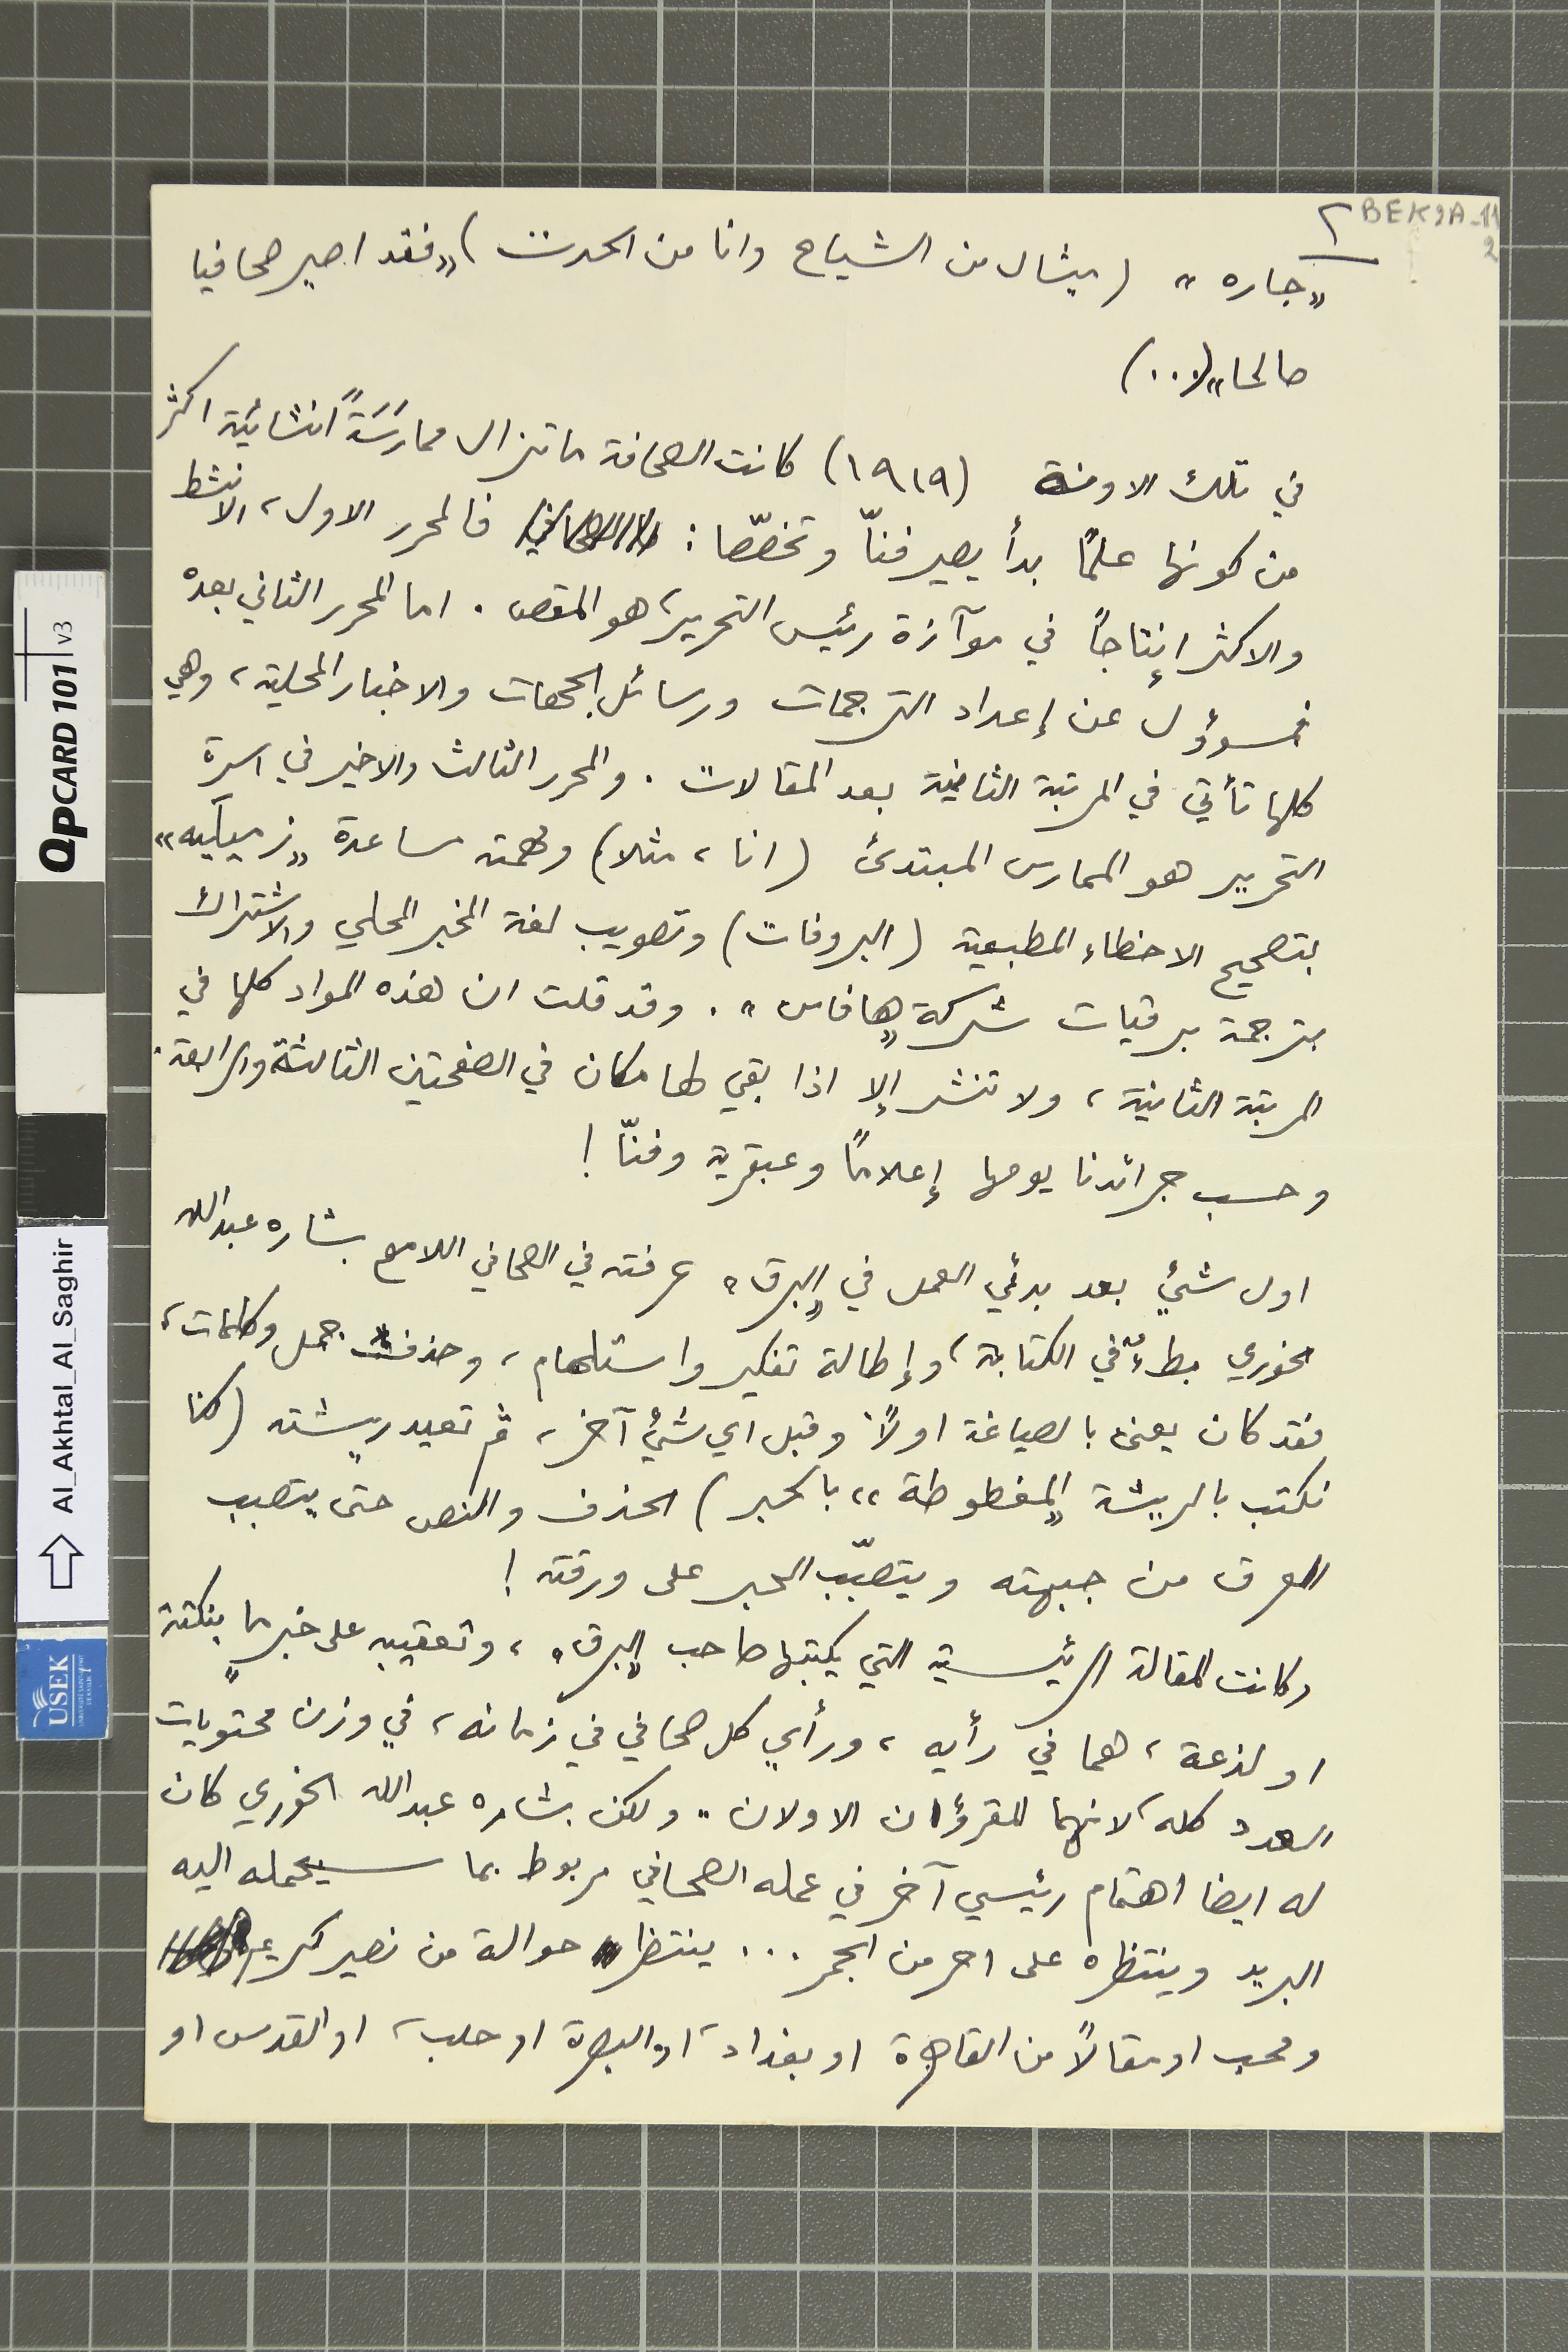
" جاره " (ميشال من الشياح وانا من الحدت) "فقد اصير صحافيا
صالحا " (...)
في تلك الاونة (١٩١٩) كانت الصحافة ما تزال ممارَسَةً انشائية اكثر
من كونها علماً بدأ يصير فنّا وتخصّصا:                              فالمحرر الاول، الانشط
والاكثر إنتاجاً في موآزة رئيس التحرير، هو المقص. اما المحرر الثاني بعده
فمسؤول عن إعداد الترجمات ورسائل الجهات والاخبار المحلية، وهي
كلها تأتي في المرتبة الثانية بعد المقالات. والمحرر الثالث والاخير في اسرة
التحرير هو الممارس المبتدئ (انا، مثلاً) ومهمته مساعدة "زميلَيه"
بتصحيح الاخطاء المطبعية (البروفات) وتصويب لغة المخبر المحلي والاشتراك
بترجمة برقيات شركة "هافاس". وقد قلت ان هذه المواد كلها في
المرتبة الثانية، ولا تنشر إلا اذا بقي لها مكان في الصفحتين الثالثة والرابعة.
وحسب جرائدنا يومها إعلاماً وعبقرية وفنّا !
اول شيء بعد بدئي العمل في "البرق" عرفته في الصحافي اللامع بشاره عبد الله
الخوري بطءٌ في الكتابة، وإطالة تفكير واستلهام، وحذف جمل وكلمات،
فقد كان يعنى بالصياغة اولاً وقبل اي شيء آخر، ثم تعيد ريشته (كنا
نكتب بالريشة "المغطوطة" بالحبر) الحذف والنص حتى يتصبب
العرق من جبهته ويتصبّب الحبر على ورقته!
وكانت المقالة الرئيسية التي يكتبها صاحب "البرق"، وتعقيبه على خبرٍ ما بنكتة
او لذعة، هما في رأيه، ورأي كل صحافي في زمانه، في وزن محتويات
العدد كله، لانهما للقرؤان الاولان " ولكن بشاره عبدالله الخوري كان
له ايضا اهتمام رئيسي آخر في عمله الصحافي مربوط بما سيحمله اليه
البريد وينتظره على احر من الجمر... ينتظر حوالة من نصير كريم
ومحب او مقالاً من القاهرة او بغداد، او البصرة او حلب، او القدس او
٢ BEK2A-11 2